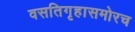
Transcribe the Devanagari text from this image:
वसतिगृहासमोरच